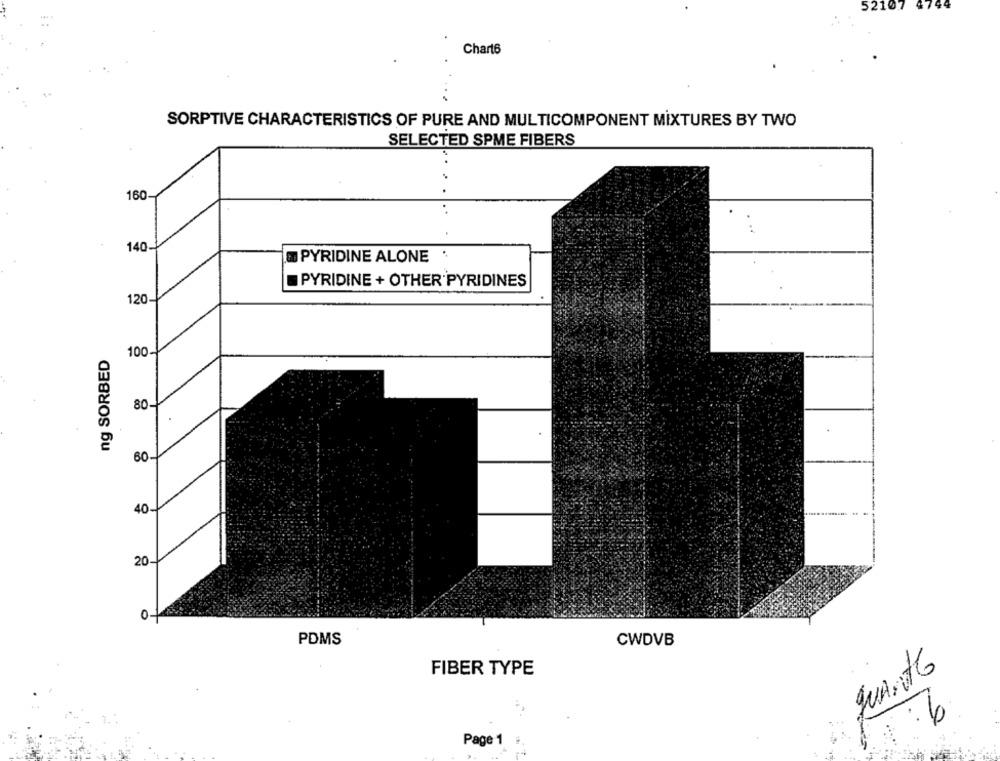
52107
Chart6
SORPTIVE CHARACTERISTICS OF PURE AND MULTICOMPONENT MIXTURES BY TWO
SELECTED SPME FIBERS
160
140
PYRIDINE ALONE .
PYRIDINE + OTHER PYRIDINES
120
ng SORBED
100
80-
60-
40
20
0
PDMS
CWDVB
quArts
FIBER TYPE
6
Page 1 :